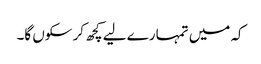
کہ میں تمہارے لیے کچھ کر سکوں گا۔